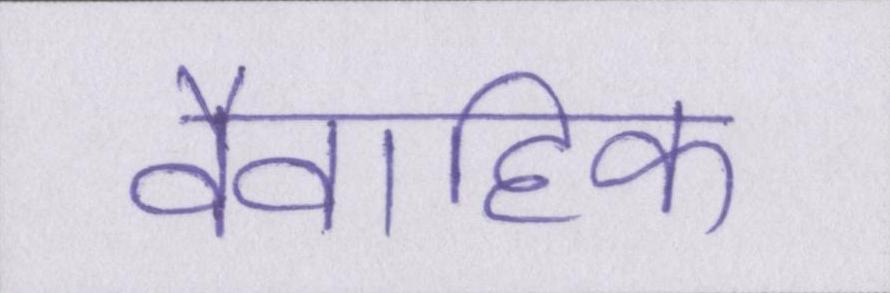
वैवाहिक